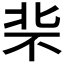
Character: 𪟪